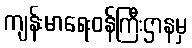
ကျန်းမာရေးဝန်ကြီးဌာနမှ